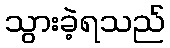
သွားခဲ့ရသည်